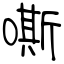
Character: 嘶